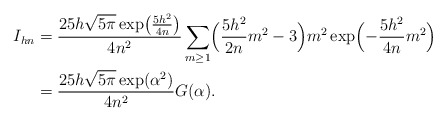
\begin{align*} \begin{aligned} I_{hn}&=\frac{25h\sqrt{5\pi}\exp\bigl(\frac{5h^2}{4n}\bigr)}{4n^2}\sum_{m\ge 1}\Bigl(\frac{5 h^{2}}{2n}m^2-3\Bigr)m^2 \exp\Bigl(-\frac{5h^2}{4n}m^2\Bigr)\\ &=\frac{25h\sqrt{5\pi}\exp(\alpha^2)}{4n^2}G(\alpha). \end{aligned} \end{align*}